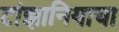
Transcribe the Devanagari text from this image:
टांझानियाचा